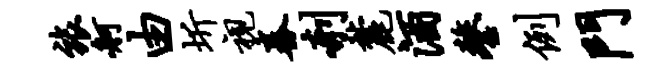
旅舸由圻视舂剞麓酒鏊例门